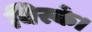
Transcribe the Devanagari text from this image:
बिस्के।